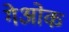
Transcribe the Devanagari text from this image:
गेओक